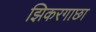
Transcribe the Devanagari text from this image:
झिकरगाछा